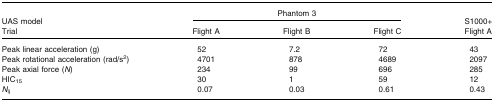
<table><thead><tr><td><b>UAS model</b></td><td colspan="3"><b>Phantom 3</b></td><td><b>S1000+</b></td></tr><tr><td><b>Trial</b></td><td><b>Flight A</b></td><td><b>Flight B</b></td><td><b>Flight C</b></td><td><b>Flight A</b></td></tr></thead><tbody><tr><td>Peak linear acceleration (g)</td><td>52</td><td>7.2</td><td>72</td><td>43</td></tr><tr><td>Peak rotational acceleration (rad/s<sup>2</sup>)</td><td>4701</td><td>878</td><td>4689</td><td>2097</td></tr><tr><td>Peak axial force (<i>N</i>)</td><td>234</td><td>99</td><td>696</td><td>285</td></tr><tr><td>HIC<sub>15</sub></td><td>30</td><td>1</td><td>59</td><td>12</td></tr><tr><td><i>N</i><sub>ij</sub></td><td>0.07</td><td>0.03</td><td>0.61</td><td>0.43</td></tr></tbody></table>